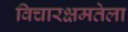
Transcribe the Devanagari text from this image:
विचारक्षमतेला